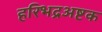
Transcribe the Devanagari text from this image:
हरिभद्रअष्टक